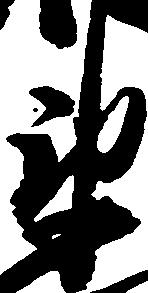
衛